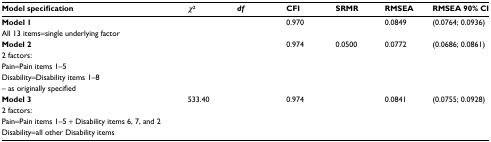
<table><thead><tr><td><b>Model specification</b></td><td><b><i>χ</i><sup>2</sup></b></td><td><b><i>df</i></b></td><td><b>CFI</b></td><td><b>SRMR</b></td><td><b>RMSEA</b></td><td><b>RMSEA 90% CI</b></td></tr></thead><tbody><tr><td><b>Model 1</b>All 13 items=single underlying factor</td><td>[EMPTY_CELL]</td><td>[EMPTY_CELL]</td><td>0.970</td><td>[EMPTY_CELL]</td><td>0.0849</td><td>(0.0764; 0.0936)</td></tr><tr><td><b>Model 2</b>2 factors:Pain=Pain items 1–5Disability=Disability items 1–8 – as originally specified</td><td>[EMPTY_CELL]</td><td>[EMPTY_CELL]</td><td>0.974</td><td>0.0500</td><td>0.0772</td><td>(0.0686; 0.0861)</td></tr><tr><td><b>Model 3</b>2 factors:Pain=Pain items 1–5 + Disability items 6, 7, and 2Disability=all other Disability items</td><td>533.40</td><td>[EMPTY_CELL]</td><td>0.974</td><td>[EMPTY_CELL]</td><td>0.0841</td><td>(0.0755; 0.0928)</td></tr></tbody></table>